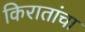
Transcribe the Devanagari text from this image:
किरातांचा